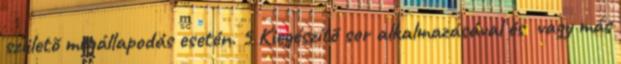
születõ megállapodás esetén. 5 Kiegészítõ sor alkalmazásával és vagy más